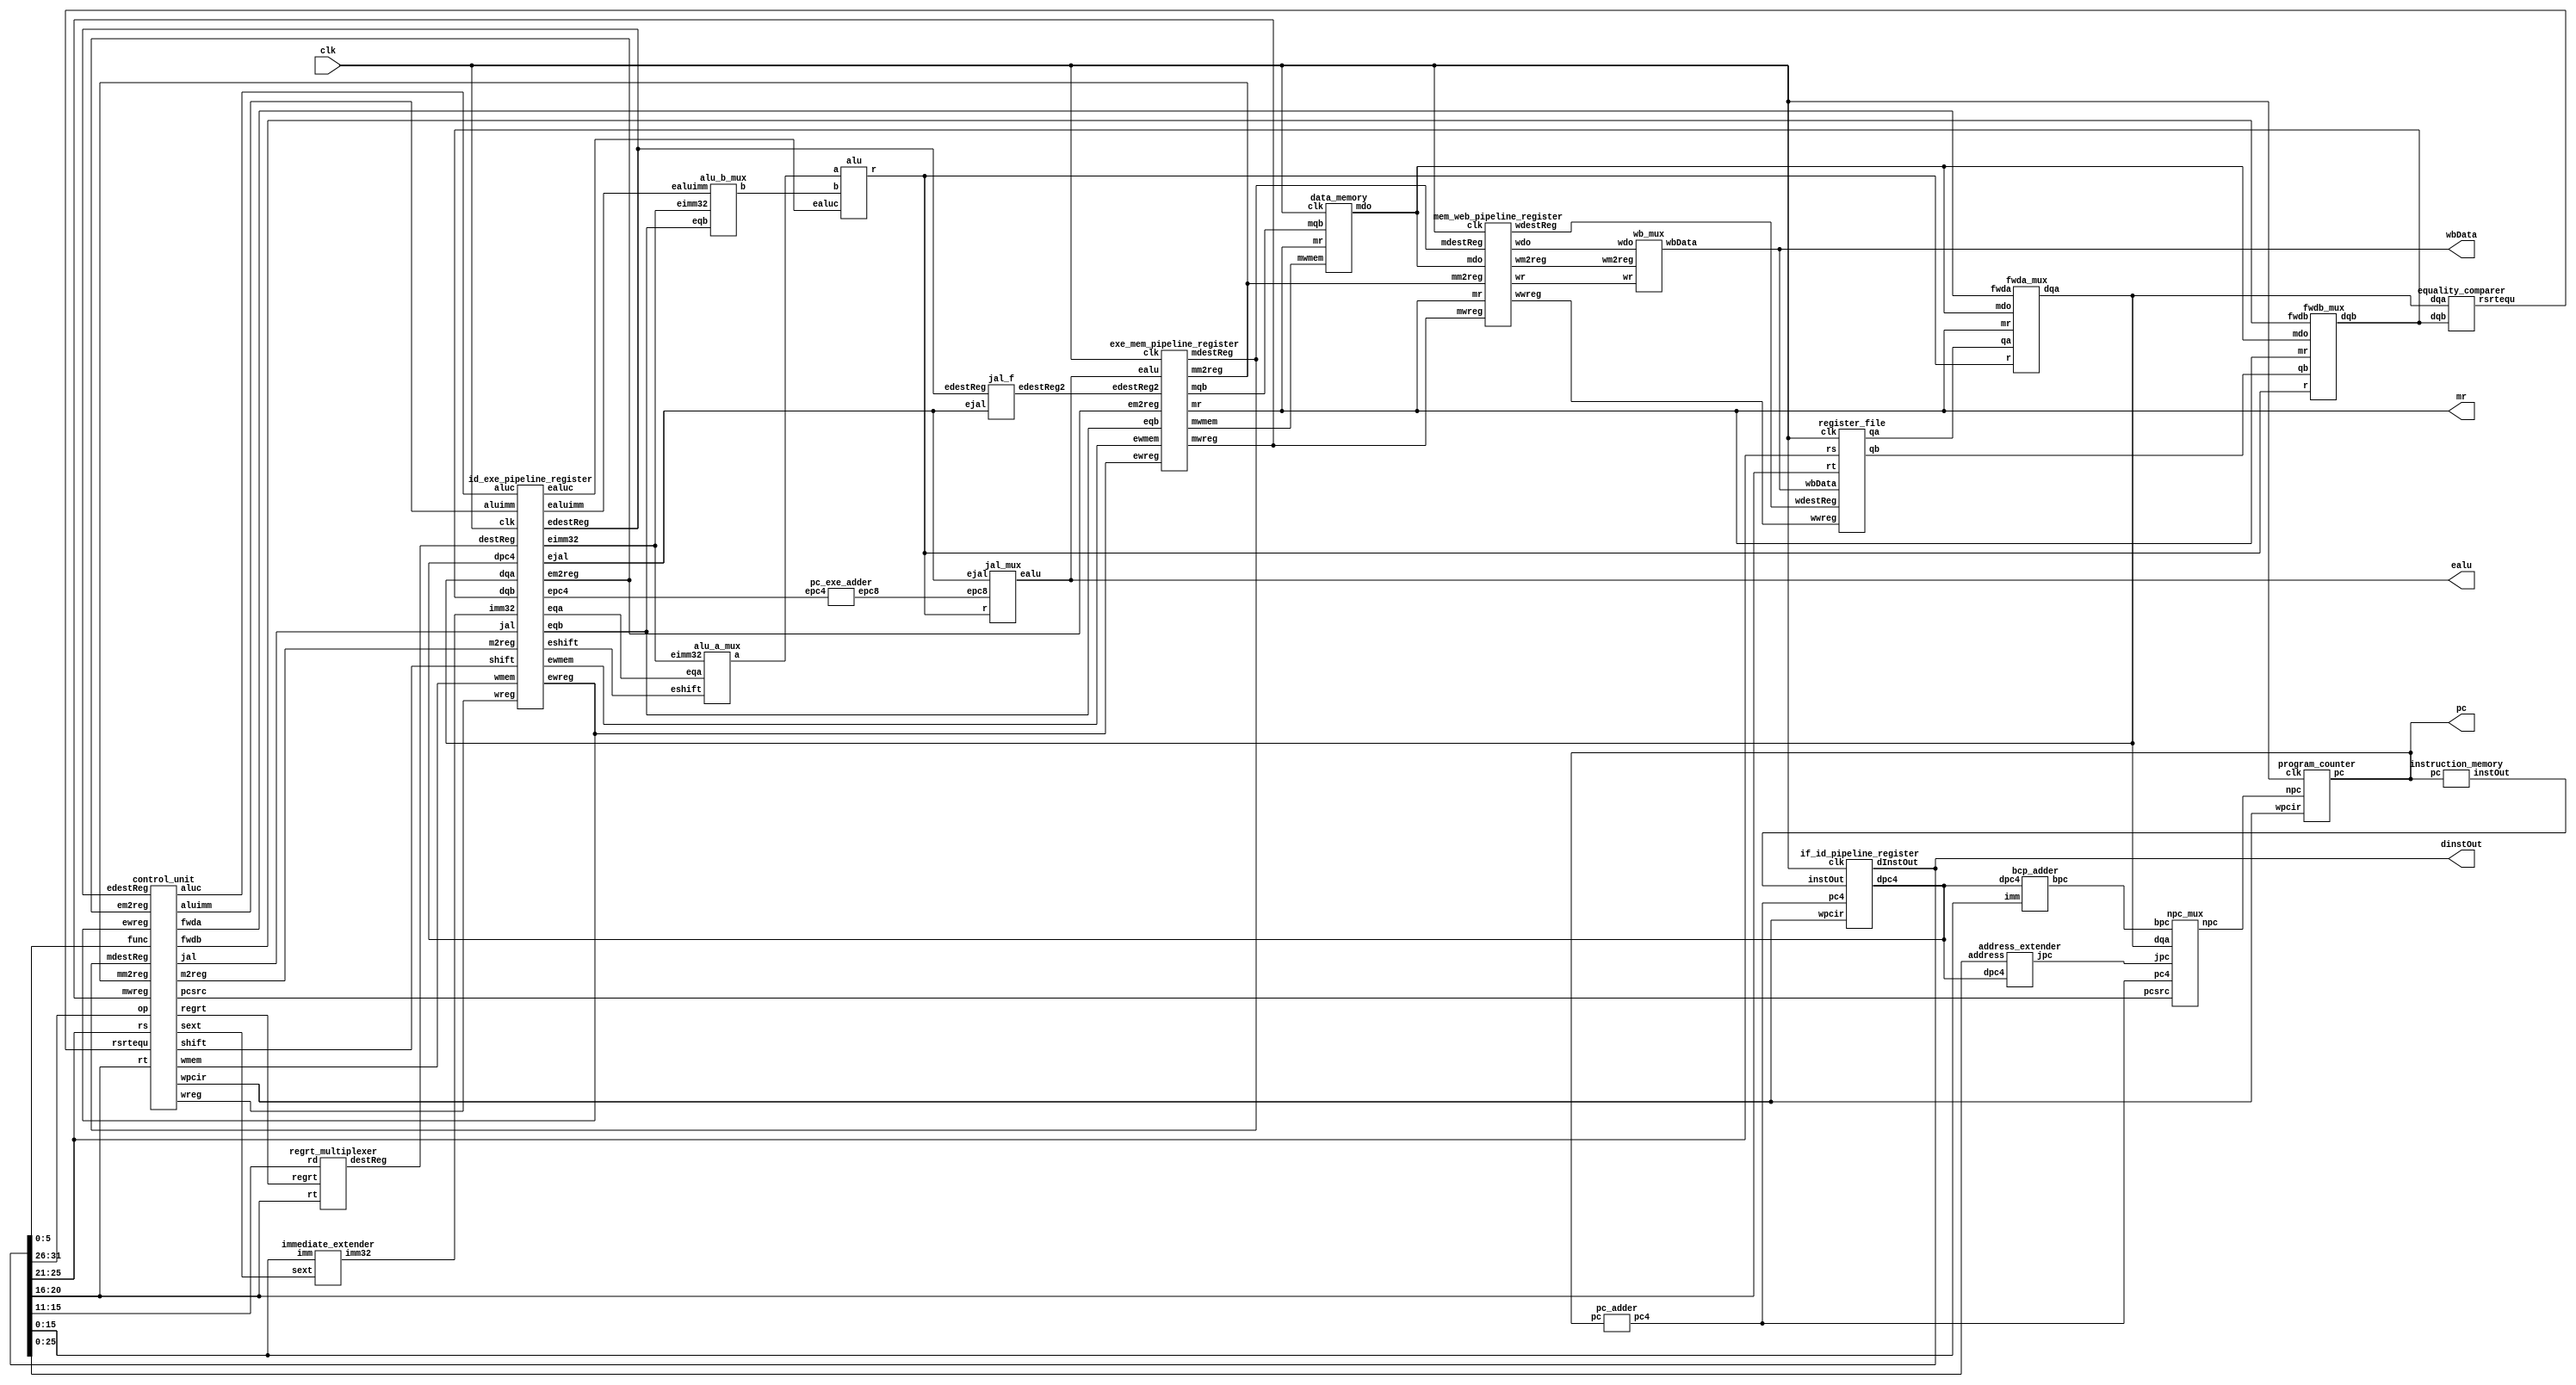
`timescale 1ns / 1ps

//////////////////////////////////////////////////////////////////////////////////
// Company: Penn State
// 
// Module Name: cpu data path
// Target Devices: XC7Z010-CLG400-1
// 
// Dependencies: 
// 
// Revision 0.01 - File Created
// Additional Comments:
// 
//////////////////////////////////////////////////////////////////////////////////

// MY DATA PATH MODULE WHERE modules are intiaited.
module data_path(
    input clk, 
    output wire [31:0] pc,
    output wire [31:0] dinstOut,
    output wire [31:0] ealu,
    output wire [31:0] mr,
    output wire [31:0] wbData 
 );

    // wires decoding the instruction
    wire [31:0] npc;
    wire [31:0] inst_out;
    wire [5:0] op;
    wire [4:0] rs;
    wire [4:0] rt;
    wire [4:0] rd;
    wire [4:0] shamt;
    wire [5:0] funct;
    wire [15:0] imm;
    wire [25:0] address;    
    assign op = dinstOut[31:26];
    assign rs = dinstOut [25:21]; 
    assign rt = dinstOut [20:16]; 
    assign rd = dinstOut [15:11];
    assign shamt = dinstOut [10:6];
    assign funct = dinstOut [5:0];
    assign imm = dinstOut [15:0];
    assign address = dinstOut [25:0];
    
    // Internal Wires within IF/ID
    wire wreg;
    wire wmem;
    wire m2reg;
    wire [3:0] aluc;
    wire aluimm;
    wire regrt;
    wire [4:0] destReg;
    wire [31:0] qa;
    wire [31:0] qb;
    wire [31:0] dqa; 
    wire [31:0] dqb; 
    wire [31:0] imm32;
    
    // Internal Wires within ID/EXE
    wire [31:0] b;
    wire [31:0] a;
    wire [1:0] fwda; 
    wire [1:0] fwdb; 
    wire ewreg;
    wire em2reg;
    wire ewmem;
    wire [3:0] ealuc; 
    wire ealuimm;
    wire [4:0] edestReg; 
    wire [31:0] eqa;
    wire [31:0] eqb;
    wire [31:0] eimm32;
    wire [31:0] r;

    // wires out of EXE/MEM 
    wire mwreg;
    wire mm2reg;
    wire mwmem;
    wire [4:0] mdestReg;
    wire [31:0] mqb;
    wire [31:0] mdo;

    // wires out of MEM/WB
    wire wwreg;
    wire wm2reg;
    wire [4:0] wdestReg;
    wire [31:0] wr;
    wire [31:0] wdo;
    
    // EXTRA CREDIT WIRES TO IMPLMENT SHIFT, JUMP, AND BRANCH
    wire [1:0] pcsrc;
    wire wpcir;
    wire [31:0] bpc;
    wire [31:0] jpc;
    wire [31:0] pc4;
    wire [31:0] dpc4;
    wire [31:0] epc4;    
    wire [31:0] epc8;    
    wire rsrtequ;
    wire sext;
    wire shift;
    wire jal;
    wire ejal;
    wire eshift;
    wire [4:0] edestReg2; 

    // EXTRA CREDIT PROJECT MODULES FOR STALLS, DELAYED BRANCHES, JUMPS, AND SHIFTS
    npc_mux npc_mux_inst( 
        .pcsrc(pcsrc),
        .pc4(pc4),
        .bpc(bpc),
        .dqa(dqa),
        .jpc(jpc),
        .npc(npc)
    );
    address_extender address_extender_inst(
        .address(address),
        .dpc4(dpc4),
        .jpc(jpc)
    );
    
    bcp_adder bcp_adder_inst(
        .dpc4(dpc4),
        .imm(imm),
        .bpc(bpc)
    );
    
    equality_comparer equality_comparer_ins(
        .dqa(dqa),
        .dqb(dqb),
        .rsrtequ(rsrtequ)
    );
    
    pc_exe_adder pc_exe_adder_inst(
        .epc4(epc4),
        .epc8(epc8)
    );
    
    alu_a_mux alu_a_mux_inst(
        .eqa(eqa),
        .eimm32(eimm32),
        .eshift(eshift),
        .a(a)
    );
    
    jal_mux jal_mux_inst(
        .epc8(epc8),
        .r(r),
        .ejal(ejal),
        .ealu(ealu)
    );

    jal_f jal_f_inst(
        .edestReg(edestReg),
        .ejal(ejal),
        .edestReg2(edestReg2)
    );
    
    // ----------------------------------------------------------------------------------
    
    // ALL OTHER PREVIOUS OBJECT INSTANSIATIONS
    program_counter ProgramCounter_inst (
        .clk(clk), 
        .wpcir(wpcir),
        .npc(npc), 
        .pc(pc)
    );
    
    pc_adder ProgramCounterAdder_inst (
        .pc(pc), 
        .pc4(pc4)
    );
    
    instruction_memory InstructionMemory_inst (
        .pc(pc), 
        .instOut(inst_out)
    );
        
    if_id_pipeline_register STAGE1_inst (
        .clk(clk), 
        .wpcir(wpcir),
        .instOut(inst_out), 
        .dInstOut(dinstOut),
        .pc4(pc4),
        .dpc4(dpc4)
    );
    
    control_unit ControlUnit_inst (
        .op(op), 
        .func(funct), 
        .wreg(wreg), 
        .m2reg(m2reg), 
        .wmem(wmem), 
        .aluc(aluc), 
        .aluimm(aluimm), 
        .regrt(regrt),
        // PROJECT ADDTIONS
        .rs(rs),
        .rt(rt),
        .mdestReg(mdestReg),
        .mm2reg(mm2reg),
        .mwreg(mwreg),
        .edestReg(edestReg),
        .em2reg(em2reg),
        .ewreg(ewreg),
        .fwdb(fwdb),
        .fwda(fwda),
        .wpcir(wpcir),
        // Extra Credit
        .pcsrc(pcsrc),
        .rsrtequ(rsrtequ),
        .sext(sext),
        .shift(shift),
        .jal(jal)
    );
    
    fwda_mux fwda_mux_inst(
        .fwda(fwda),
        .qa(qa),
        .r(r),
        .mr(mr),
        .mdo(mdo),
        .dqa(dqa) 
    );
    
    fwdb_mux fwdb_mux_inst(
        .fwdb(fwdb),
        .qb(qb),
        .r(r),
        .mr(mr),
        .mdo(mdo),
        .dqb(dqb) 
    );
    
    regrt_multiplexer Multiplexer_inst (
        .rt(rt), 
        .rd(rd), 
        .regrt(regrt), 
        .destReg(destReg)
    );
    
    register_file FileRegister_inst (
        .rs(rs), 
        .rt(rt), 
        .qa(qa), 
        .qb(qb),
        .wdestReg(wdestReg),
        .wbData(wbData),
        .wwreg(wwreg),
        .clk(clk)
    );
    
    immediate_extender SignExtender_inst (
        .imm(imm), 
        .sext(sext),
        .imm32(imm32)
    );
    
    id_exe_pipeline_register STAGE2_inst (
        .clk(clk), 
        .wreg(wreg), 
        .ewreg(ewreg), 
        .m2reg(m2reg), 
        .em2reg(em2reg), 
        .wmem(wmem), 
        .ewmem(ewmem), 
        .aluc(aluc), 
        .ealuc(ealuc), 
        .aluimm(aluimm), 
        .ealuimm(ealuimm), 
        .destReg(destReg), 
        .edestReg(edestReg), 
        .dqa(dqa), 
        .eqa(eqa), 
        .dqb(dqb), 
        .eqb(eqb), 
        .imm32(imm32), 
        .eimm32(eimm32),
        // EXTRA CREDIT VARIBLES
        .dpc4(dpc4), 
        .epc4(epc4),
        .jal(jal), 
        .ejal(ejal),
        .shift(shift), 
        .eshift(eshift)
    );
        
    alu_b_mux Alu_Mux_inst (
        .eqb(eqb),
        .eimm32(eimm32),
        .ealuimm(ealuimm),
        .b(b)
    );
    
    alu Alu_inst (
        .a(a),
        .b(b),
        .ealuc(ealuc),
        .r(r)
    );
    
    exe_mem_pipeline_register EXE_MEM_STAGE_3(
        .clk(clk),
        .ewreg(ewreg),
        .em2reg(em2reg),
        .ewmem(ewmem),
        .edestReg2(edestReg2),
        .ealu(ealu),
        .eqb(eqb),
        .mwreg(mwreg),
        .mm2reg(mm2reg),
        .mwmem(mwmem),
        .mdestReg(mdestReg),
        .mr(mr),
        .mqb(mqb)
    );
    
    data_memory Data_Memory_inst(
        .clk(clk),
        .mr(mr),
        .mqb(mqb),
        .mwmem(mwmem),
        .mdo(mdo)
    );
    
    mem_web_pipeline_register MEM_WEB_STAGE_4(
        .clk(clk),
        .mwreg(mwreg),
        .mm2reg(mm2reg),
        .mdestReg(mdestReg),
        .mr(mr),
        .mdo(mdo),
        .wwreg(wwreg),
        .wm2reg(wm2reg),
        .wdestReg(wdestReg),
        .wr(wr),
        .wdo(wdo)
    );
        
    wb_mux Wb_Mux_inst(
        .wr(wr),
        .wdo(wdo),
        .wm2reg(wm2reg),
        .wbData(wbData)
    );
   
endmodule


// --------------------- STAGE 1: INSTRUCTION FETCH ---------------------

module program_counter( 
    input clk, input wire wpcir,
    input wire [31:0] npc, output reg [31:0] pc 
);
    initial begin
        pc = 32'd0;
    end
    always @(posedge clk) begin
        if (wpcir) begin pc <= npc; end 
    end
endmodule

    
module instruction_memory(input wire [31:0] pc, output reg [31:0] instOut); // CHANGE TO LW INSTRUCTIONS
    wire [31:0] rom [0:63];    
    // rom[word_addr] = instruction // (pc) label instruction
     assign rom[6'h00] = 32'h3c010000; // (00) main: lui $1, 0
     assign rom[6'h01] = 32'h34240050; // (04) ori $4, $1, 80
     assign rom[6'h02] = 32'h0c00001b; // (08) call: jal sum
     assign rom[6'h03] = 32'h20050004; // (0c) dslot1: addi $5, $0, 4
     assign rom[6'h04] = 32'hac820000; // (10) return: sw $2, 0($4)
     assign rom[6'h05] = 32'h8c890000; // (14) lw $9, 0($4)
     assign rom[6'h06] = 32'h01244022; // (18) sub $8, $9, $4
     assign rom[6'h07] = 32'h20050003; // (1c) addi $5, $0, 3
     assign rom[6'h08] = 32'h20a5ffff; // (20) loop2: addi $5, $5, -1
     assign rom[6'h09] = 32'h34a8ffff; // (24) ori $8, $5, 0xffff
     assign rom[6'h0a] = 32'h39085555; // (28) xori $8, $8, 0x5555
     assign rom[6'h0b] = 32'h2009ffff; // (2c) addi $9, $0, -1
     assign rom[6'h0c] = 32'h312affff; // (30) andi $10,$9,0xffff
     assign rom[6'h0d] = 32'h01493025; // (34) or $6, $10, $9
     assign rom[6'h0e] = 32'h01494026; // (38) xor $8, $10, $9
     assign rom[6'h0f] = 32'h01463824; // (3c) and $7, $10, $6
     assign rom[6'h10] = 32'h10a00003; // (40) beq $5, $0, shift
     assign rom[6'h11] = 32'h00000000; // (44) dslot2: nop
     assign rom[6'h12] = 32'h08000008; // (48) j loop2
     assign rom[6'h13] = 32'h00000000; // (4c) dslot3: nop
     assign rom[6'h14] = 32'h2005ffff; // (50) shift: addi $5, $0, -1
     assign rom[6'h15] = 32'h000543c0; // (54) sll $8, $5, 15
     assign rom[6'h16] = 32'h00084400; // (58) sll $8, $8, 16
     assign rom[6'h17] = 32'h00084403; // (5c) sra $8, $8, 16
     assign rom[6'h18] = 32'h000843c2; // (60) srl $8, $8, 15
     assign rom[6'h19] = 32'h08000019; // (64) finish: j finish
     assign rom[6'h1a] = 32'h00000000; // (68) dslot4: nop
     assign rom[6'h1b] = 32'h00004020; // (6c) sum: add $8, $0, $0
     assign rom[6'h1c] = 32'h8c890000; // (70) loop: lw $9, 0($4)
     assign rom[6'h1d] = 32'h01094020; // (74) stall: add $8, $8, $9
     assign rom[6'h1e] = 32'h20a5ffff; // (78) addi $5, $5, -1
     assign rom[6'h1f] = 32'h14a0fffc; // (7c) bne $5, $0, loop
     assign rom[6'h20] = 32'h20840004; // (80) dslot5: addi $4, $4, 4
     assign rom[6'h21] = 32'h03e00008; // (84) jr $31
     assign rom[6'h22] = 32'h00081000; // (88) dslot6: sll $2, $8, 0
    always @(*) begin
        instOut = rom[pc / 4];
    end    
endmodule
    
    
module pc_adder(input wire [31:0] pc, output reg [31:0] pc4);
    always @(*) begin
        pc4 = pc + 32'd4;
    end    
endmodule


module if_id_pipeline_register(
    input clk, 
    input wire wpcir,
    input wire [31:0] instOut, 
    output reg [31:0] dInstOut,
    input wire [31:0] pc4,
    output reg [31:0] dpc4
);
    always @(posedge clk) begin
        if (wpcir) begin
            dInstOut <= instOut;
            dpc4 <= pc4;
        end
    end
endmodule


module npc_mux( // EXTRA CREDIT PROJECT MODULES FOR DELAYED BRANCHES
    input wire [1:0] pcsrc,
    input wire [31:0] pc4,
    input wire [31:0] bpc,
    input wire [31:0] dqa,
    input wire [31:0] jpc,
    output reg [31:0] npc
);
    always @(*) begin
        if(pcsrc==0) begin npc = pc4; end
        if(pcsrc==1) begin npc = bpc; end
        if(pcsrc==2) begin npc = dqa; end
        if(pcsrc==3) begin npc = jpc; end 
        end
endmodule


// --------------------- STAGE 2: INSTRUCTION DECODE ---------------------

module control_unit(
    input wire [5:0] op, 
    input wire [5:0] func, 
    output reg wreg, 
    output reg m2reg, 
    output reg wmem, 
    output reg [3:0]aluc, 
    output reg aluimm, 
    output reg regrt,
    // PROJECT ADDTIONS
    input wire [4:0] rs,
    input wire [4:0] rt,
    input wire [4:0] mdestReg,
    input wire mm2reg,
    input wire mwreg,
    input wire [4:0] edestReg,
    input wire em2reg,
    input wire ewreg,
    output reg [1:0] fwdb,
    output reg [1:0] fwda,
    output reg wpcir,
    // EXTRA CREDIT VARIBLES
    output reg [1:0] pcsrc,
    input wire rsrtequ,
    output reg jal,
    output reg shift,
    output reg sext
);
    initial begin wpcir = 1'b1; pcsrc = 2'b00; end
     // STALL LOGIC
    reg stall = 1'b0;
    reg i_rs = 1'b0;
    reg i_rt = 1'b0;
    always @(*) begin
        wpcir = 1'b1;
        shift = 0; 
        if(op == 6'b000000) begin i_rs = 1'b1; i_rt = 1'b1; end 
        if(op == 6'b100011) begin i_rs = 1'b1; i_rt = 1'b0; end
        stall = ewreg & em2reg & (edestReg!=0) & (i_rs & (edestReg == rs) | i_rt & (edestReg == rt));
        if(stall) begin // NEED TO PREVENT WRITE 
            wpcir = 1'b0; 
            wreg = 0;
            m2reg = 0;
            wmem = 0;
            aluc = 4'b0000;
        end
        else begin
        case(op)
            6'b000000: begin // R-TYPE Instructions
                wreg = 1;  
                m2reg = 0;
                wmem = 0;
                aluimm = 0;
                regrt = 0;
                jal = 0;
                pcsrc = 2'b00; 
                case(func)
                    6'b100000: aluc = 4'b0010; // add
                    6'b100010: aluc = 4'b0110; // sub
                    6'b100100: aluc = 4'b0000; // and
                    6'b100101: aluc = 4'b0001; // or
                    6'b100110: aluc = 4'b0011; // xor
                    6'b000000: begin aluc = 4'b1010; shift = 1; end // sll
                    6'b000010: begin aluc = 4'b1100; shift = 1; end // srl
                    6'b000011: begin aluc = 4'b1011; shift = 1; end // sra
                    6'b001000: pcsrc = 2'b10; // jr
                    // Additional R-TYPE instructions if needed
                endcase
            end
            // ------------  I-FORMATS ------------
            6'b001000: // addi command
            begin 
                wreg = 1;
                regrt = 1;
                m2reg = 0;
                wmem = 0;
                aluc = 4'b0010; // Add
                aluimm = 1;
                sext = 1; // Sign extend the immediate
                jal = 0;
                pcsrc = 2'b00; 
            end
            6'b001100: // andi command
            begin 
                wreg = 1;
                regrt = 1;
                wmem = 0;
                m2reg = 0;
                aluc = 4'b0000; // And
                aluimm = 1;
                sext = 0;    
                jal = 0;  
                pcsrc = 2'b00;                           
            end   
            6'b001101: // ori command
            begin 
                wreg = 1;
                regrt = 1;
                wmem = 0;
                m2reg = 0;
                aluc = 4'b0001; // OR
                aluimm = 1;
                sext = 0;    
                jal = 0;
                pcsrc = 2'b00;                 
            end      
            6'b001110: // xori command
            begin 
                wreg = 1;
                regrt = 1;
                wmem = 0;
                m2reg = 0;
                aluc = 4'b0011; // XOR
                aluimm = 1;
                sext = 0;  
                jal = 0;
                pcsrc = 2'b00;                   
            end                                
            6'b100011: // lw command
            begin
                wreg = 1;
                regrt = 1;
                m2reg = 1;
                wmem = 0;
                aluc = 4'b0010;
                aluimm = 1;
                sext = 1;
                jal = 0;
                pcsrc = 2'b00;                 
            end
            6'b101011: // sw command
            begin
                wreg = 0;
                regrt = 1;
                m2reg = 0;
                wmem = 1;
                aluc = 4'b0010;
                aluimm = 1;
                sext = 1;
                jal = 0;
                pcsrc = 2'b00;                 
            end
            6'b000100: // beq command
            begin 
                wreg = 0;
                m2reg = 0;
                wmem = 0;
                aluc = 4'b0110; // Subtract for comparison
                aluimm = 0;
                jal = 0;
                pcsrc = rsrtequ ? 2'b01 : 2'b00; // Branch if rs and rt are equal           
            end   
            6'b000101: // bne command
            begin 
                wreg = 0;
                m2reg = 0;
                wmem = 0;
                aluc = 4'b0110; // Subtract for comparison
                aluimm = 0;
                jal = 0;
                pcsrc = rsrtequ ? 2'b00 : 2'b01; // Branch if rs and rt are not equal
            end           
            6'b001111: // lui command
            begin 
                pcsrc = 2'b00; 
                wreg = 1;
                m2reg = 0;
                wmem = 0;
                aluc = 4'b0100; // Operation for LUI
                aluimm = 1;
                sext = 0;
                jal = 0;
            end   
            // ------- j format --------
            6'b000010: // j command
            begin 
                wreg = 0;
                m2reg = 0;
                wmem = 0;
                aluimm = 0;
                aluc = 4'b0000;
                pcsrc = 2'b11; 
                jal = 0;
            end   
            6'b000011: // jal command
            begin 
                m2reg = 0;
                wmem = 0;
                aluimm = 0;
                aluc = 4'b0000;
                pcsrc = 2'b11; 
                wreg = 1;
                jal = 1;
            end                               
         endcase end
    end    
    // FINAL PROJECT FORWARDING UNIT
    always @(*) begin
        // Default no forwarding
        fwda = 2'b00;
        fwdb = 2'b00;
        
        // Forwarding logic for ALU operand A (rs)
        if (ewreg && (edestReg == rs) && !em2reg) begin
            // Forward from ALU result in EX stage
            fwda = 2'b01;
        end else if (mwreg && (mdestReg == rs) && !mm2reg) begin
            // Forward from ALU result in MEM stage
            fwda = 2'b10;
        end else if (mwreg && (mdestReg == rs) && mm2reg) begin
            // Forward from data memory (load-use hazard)
            fwda = 2'b11;
        end
 
        // Forwarding logic for ALU operand B (rt)
        if (ewreg && (edestReg == rt) && !em2reg) begin
            // Forward from ALU result in EX stage
            fwdb = 2'b01;
        end else if (mwreg && (mdestReg == rt) && !mm2reg) begin
            // Forward from ALU result in MEM stage
            fwdb = 2'b10;
        end else if (mwreg && (mdestReg == rt) && mm2reg) begin
            // Forward from data memory (load-use hazard)
            fwdb = 2'b11;
        end
    end
endmodule

module regrt_multiplexer( 
input wire [4:0] rt, 
input wire [4:0] rd, 
input wire regrt, 
output reg [4:0] destReg
);
    always @(*) begin
        if(regrt==0)
            begin 
                destReg = rd; 
            end
        if(regrt==1)
            begin
                destReg = rt; 
            end
    end    
endmodule

module register_file(
input wire [4:0] rs, 
input wire [4:0] rt, 
output reg [31:0] qa, 
output reg [31:0] qb,
// UPDATED REG GETS ADDTIONAL PARAMETERS:
input [4:0] wdestReg,
input [31:0] wbData,
input wwreg,
input clk
);   
    reg [31:0] register [0:31]; 
    integer i;
    initial begin
        for (i = 0; i < 32; i = i + 1) begin
            register[i] = 32'h00000000;
        end
    end
    always @(*) 
        begin
            qa = register[rs];
            qb = register[rt];
        end
    always @(negedge clk) 
     begin
        if(wwreg == 1) begin 
            register[wdestReg] = wbData;
        end
     end
endmodule

module immediate_extender(input wire [15:0] imm, input wire sext, output reg [31:0] imm32);
    always @(*) 
        begin
            if (sext)
                imm32 = {{16{imm[15]}}, imm}; 
            else
                imm32 = {16'b0, imm}; 
         end
endmodule

module id_exe_pipeline_register(
input clk, 
input  wreg,          output reg ewreg,
input  m2reg,         output reg em2reg,
input  wmem,          output reg ewmem, 
input  [3:0] aluc,    output reg [3:0] ealuc,
input  aluimm,        output reg ealuimm, 
input [4:0] destReg, output reg [4:0] edestReg,
input [31:0] dqa,     output reg [31:0] eqa, 
input [31:0] dqb,     output reg [31:0] eqb, 
input [31:0] imm32,  output reg [31:0] eimm32,
// EXTRA CREDIT VARIBLES
input [31:0] dpc4, output reg [31:0] epc4,
input jal, output reg ejal,
input shift, output reg eshift
);
    always @(posedge clk) 
       begin
          ewreg <= wreg;
          em2reg <= m2reg;
          ewmem <= wmem;
          ealuc <= aluc;
          ealuimm <= aluimm;
          edestReg <= destReg;
          eqa <= dqa;
          eqb <= dqb;
          eimm32 <= imm32;
          epc4 <= dpc4;
          ejal <= jal;
          eshift <= shift;
    end
endmodule

// FINAL PROJECT 2 NEW Muxes
module fwda_mux(
input wire [1:0] fwda,
input wire [31:0] qa,
input wire [31:0] r,
input wire [31:0] mr,
input wire [31:0] mdo,
output reg [31:0] dqa
);
    always @(*) begin
        if(fwda==0) begin dqa = qa; end
        if(fwda==1) begin dqa = r; end
        if(fwda==2) begin dqa = mr; end
        if(fwda==3) begin dqa = mdo; end
    end
endmodule

module fwdb_mux(
input wire [1:0] fwdb,
input wire [31:0] qb,
input wire [31:0] r,
input wire [31:0] mr,
input wire [31:0] mdo,
output reg [31:0] dqb
);
    always @(*) begin
        if(fwdb==0) begin dqb = qb; end
        if(fwdb==1) begin dqb = r; end
        if(fwdb==2) begin dqb = mr; end
        if(fwdb==3) begin dqb = mdo; end
    end
endmodule

// EXTRA CREDIT MODULES
module address_extender(
    input wire [25:0] address,
    input wire [31:0] dpc4,
    output reg [31:0] jpc
);
    always @(*) 
        begin
             jpc = {dpc4[31:28], address[25:0], 2'b00};
        end
endmodule

module bcp_adder(
    input wire [31:0] dpc4, 
    input wire [15:0] imm, 
    output reg [31:0] bpc
);
    wire [31:0] imm_extended = {{16{imm[15]}}, imm}; 
    always @(*) 
        begin 
            bpc = dpc4 + (imm_extended << 2); 
        end
endmodule

module equality_comparer(
    input wire [31:0] dqa,
    input wire [31:0] dqb,
    output reg rsrtequ
);
    always @(*) 
        begin
            if(dqa == dqb) begin rsrtequ = 1; end
            else begin rsrtequ = 0; end
        end
endmodule

// --------------------- STAGE 3: EXE Stage ---------------------

module alu_b_mux(
    input [31:0] eqb,
    input [31:0] eimm32,
    input ealuimm,
    output reg [31:0] b
);
   always @(*) 
       begin
          if(ealuimm == 0)
            begin
                b = eqb;
            end
          if(ealuimm == 1)
            begin
                b = eimm32;
            end
        end
endmodule

module alu(
    input [31:0] a,
    input [31:0] b,
    input [3:0] ealuc,
    output reg [31:0] r
);
   always @(*) 
    begin
      case (ealuc)
        4'b0010: r = a + b;                   // Add
        4'b0110: r = a - b;                   // Subtract
        4'b0000: r = a & b;                   // AND
        4'b0001: r = a | b;                   // OR
        4'b0011: r = a ^ b;                   // XOR
        4'b1010: r = b << a[4:0];             // Shift left logical (sll)
        4'b1100: r = b >> a[4:0];             // Shift right logical (srl)
        4'b1011: r = $signed(b) >>> a[4:0];   // Shift right arithmetic (sra)
        4'b0100: r = b << 16;                 // Load Upper Immediate (lui)
        default: r = 32'b0;                   // Default output value
      endcase
    end
endmodule

module exe_mem_pipeline_register(
    input clk,
    // Inputs
    input ewreg,
    input em2reg,
    input ewmem,
    input [4:0] edestReg2,
    input [31:0] ealu,
    input [31:0] eqb,
    // Outputs
    output reg mwreg,
    output reg mm2reg,
    output reg mwmem,
    output reg [4:0] mdestReg,
    output reg [31:0] mr, // also called malu
    output reg [31:0] mqb
);
always @(posedge clk) 
    begin
        mwreg <= ewreg;
        mm2reg <= em2reg;
        mwmem <= ewmem;
        mdestReg <= edestReg2;
        mr <= ealu;
        mqb <= eqb;
    end
endmodule

// EXTRA CREDIT MODULES
module pc_exe_adder(input wire [31:0] epc4, output reg [31:0] epc8);
    always @(*)
        begin
            epc8 = epc4 + 32'd4;
        end
endmodule

module alu_a_mux(
    input wire [31:0] eqa,
    input wire [31:0] eimm32,
    input wire eshift,
    output reg [31:0] a
);
    always @(*)
        begin
            if(eshift) begin a = {27'b0, eimm32[10:6]};  end
            else begin a = eqa; end
        end
endmodule

module jal_mux(
    input wire [31:0] epc8,
    input wire [31:0] r,
    input ejal,
    output reg [31:0] ealu
);
    always @(*)
        begin
            if(ejal) begin ealu = epc8; end
            else begin ealu = r; end
        end
endmodule

module jal_f(
    input wire [4:0] edestReg,
    input wire ejal,
    output reg [4:0] edestReg2
);
    always @(*)
        begin
            if(ejal) begin edestReg2 = 5'd31; end
            else begin edestReg2 = edestReg; end
            
        end
endmodule


// --------------------- STAGE 4: MEMORY ---------------------

module data_memory(  
    input clk,            
    input [31:0] mr,    
    input [31:0] mqb,   
    input mwmem,        
    output reg [31:0] mdo 
);
    // MY MEMORY
    reg [31:0] ram [63:0];
    integer i;
    initial begin
        for (i = 0; i < 32; i = i + 1)
            ram[i] = 0;    
        // ram[word_addr] = data // (byte_addr) item in data array
         ram[5'h14] = 32'h000000a3; // (50) data[0] 0 + a3 = a3
         ram[5'h15] = 32'h00000027; // (54) data[1] a3 + 27 = ca
         ram[5'h16] = 32'h00000079; // (58) data[2] ca + 79 = 143
         ram[5'h17] = 32'h00000115; // (5c) data[3] 143 + 115 = 258
         // ram[5'h18] should be 0x00000258, the sum stored by sw instruction
    end
    always @(*) begin
        mdo = ram[mr / 4];
    end
    always @(posedge clk) begin
        if(mwmem) begin
            ram[mr / 4] <= mqb;
        end
    end
endmodule

module mem_web_pipeline_register(
    input clk,       // Clock signal
    // Inputs
    input mwreg,       // Control signal for writing to the register
    input mm2reg,      // Control signal for choosing source for register write-back
    input [4:0] mdestReg, // Destination register address
    input [31:0] mr,   // Memory address for read
    input [31:0] mdo,  // Output data from memory
    // Outputs
    output reg wwreg,      // Control signal for writing to the register
    output reg wm2reg,     // Control signal for choosing source for register write-back
    output reg [4:0] wdestReg, // Destination register address for write-back
    output reg [31:0] wr,  // Register address for read-back
    output reg [31:0] wdo  // Data to write back to the register
);
    always @(posedge clk) begin
        wwreg    <= mwreg;
        wm2reg   <= mm2reg;
        wdestReg <= mdestReg;
        wr       <= mr;
        wdo      <= mdo;
    end
endmodule

// --------------------- LAB 5: WB Modules ---------------------

module wb_mux(
    input [31:0] wr,
    input [31:0] wdo,
    input wm2reg,
    output reg [31:0] wbData
);
    always @(*) begin
        if(wm2reg == 1) begin
            wbData = wdo;
        end
        if(wm2reg == 0) begin
            wbData = wr;
        end
    end
endmodule